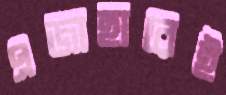
এজাহারেই